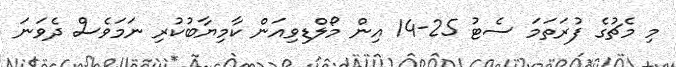
މި މެޗުގެ ފުރަތަމަ ސެޓު 25-14 އިން މޯލްޑިވިއަން ކާމިޔާބުކުރި ނަމަވެސް ދެވަނަ